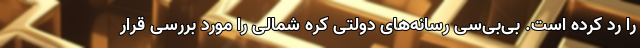
را رد کرده است. بی‌بی‌سی رسانه‌های دولتی کره شمالی را مورد بررسی قرار